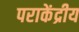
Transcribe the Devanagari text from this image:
पराकेंद्रीय